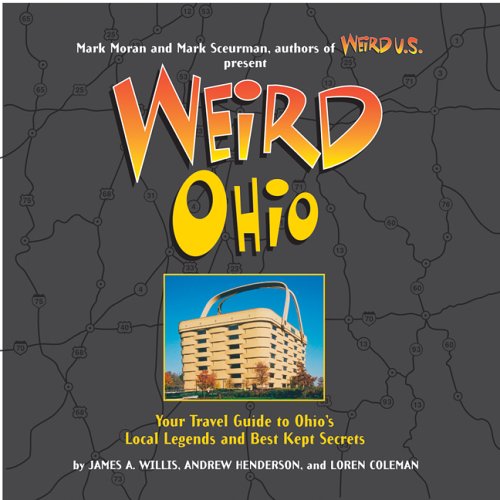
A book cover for Weird Ohio: Your Travel Guide to Ohio's Local Legends and Best Kept Secrets; Loren Coleman; Humor & Entertainment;